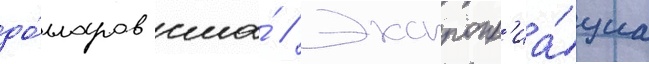
до́лларов сша́ // Экспропр'иа́циа